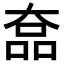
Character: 𡙗